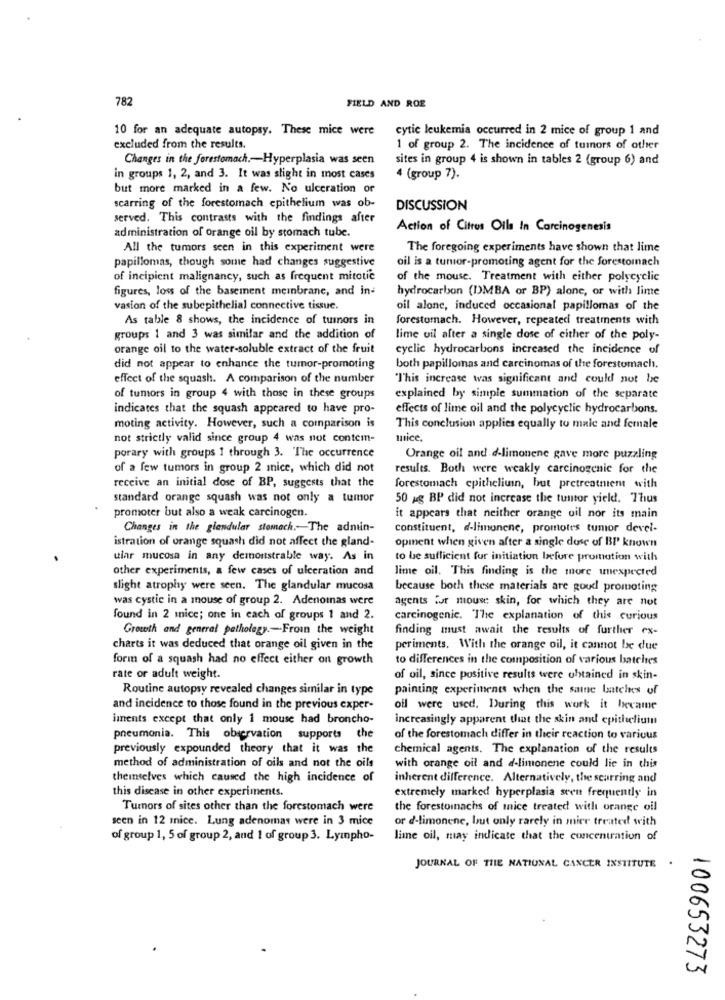
782
FIELD AND ROE
10 for an adequate autopsy. These mice were
cytic leukemia occurred in 2 mice of group 1 and
excluded from the results.
1 of group 2. The incidence of tumors of other
Changes in the forestomach .- Hyperplasia was seen
sites in group 4 is shown in tables 2 (group 6) and
in groups 1, 2, and 3. It was slight in most cases
4 (group 7).
but more marked in a few. No ulceration or
scarring of the forestomach epithelium was ob-
DISCUSSION
served. This contrasts with the findings after
administration of orange oil by stomach tube.
Action of Citrus Oils In Carcinogenesis
All the tumors seen in this experiment were
The foregoing experiments have shown that lime
papillomas, though some had changes suggestive
oil is a tumor-promoting agent for the forestomnach
of incipient malignancy, such as frequent mitotic
of the mouse. Treatment with either polycyclic
figures, loss of the basement membrane, and in-
hydrocarbon (DMBA or BP) alone, or with lime
vasion of the subepithelial connective tissue.
oil alone, induced occasional papillomas of the
As table 8 shows, the incidence of tuinors in
forestomach. However, repeated treatments with
groups 1 and 3 was similar and the addition of
lime uil after a single dose of either of the poly-
orange oil to the water-soluble extract of the fruit
cyclic hydrocarbons increased the incidence of
did not appear to enhance the tumor-promoting
both papillomas and carcinomas of the forestomach.
effect of the squash. A comparison of the number
"This increase was significant and could not be
of tumors in group 4 with those in these groups
explained by simple summation of the separate
indicates that the squash appeared to have pro-
effects of lime oil and the polycyclic hydrocarbons.
moting activity. However, such a comparison is
This conclusion applies equally to male and female
not strictly valid since group 4 was not contem-
mice.
porary with groups 1 through 3. The occurrence
Orange oil and d-limonene gave more puzzling
of a few tumors in group 2 mnice, which did not
results. Both were weakly carcinogenic for the
receive an initial dose of BP, suggests that the
forestomach epithelium, but pretreatnient with
standard orange squash was not only a tumor
50 ag BP did not increase the tumtor yield. Thus
promoter but also a weak carcinogen.
it appears that neither orange uil nor its main
Changes in the glendular stomach .- The admin-
constituent, d-limonene, promotes tumor devel-
istration of orange squash did not affect the gland-
opment when given after a single dose of BP known
ular mucosa in any demonstrable way. As in
to be sufficient fur initiation before promotion with
other experiments, a few cases of ulceration and
lime oil. This finding is the more unexpected
slight atrophy were seen. The glandular mucosa
because both these materials are goud promoting
was cystic in a mouse of group 2. Adenomas were
agents for mouse, skin, for which they are not
found in 2 mice; one in each of groups 1 and 2.
carcinogenic. The explanation of this curious
Growth and general pathology .- Froin the weight
finding must await the results of further ex-
charts it was deduced that orange oil given in the
periments. With the orange oil, it cannot be due
form of a squash had no effect either on growth
to differences in the composition of various batchtes
rate or adult weight.
of oil, since positive results were obtained in skin-
Routine autopsy revealed changes similar in type
painting experiments when the same batches of
and incidence to those found in the previous exper-
oil were used. During this work it lxexame
iments except that only 1 mouse had broncho-
increasingly apparent that the skin and epithelium
pneumonia. This observation supports che
of the forestomach differ in their reaction to various
previously expounded theory that it was the
chemical agents. The explanation of the results
method of administration of oils and not the oils
with orange oil and d-limonene could lie in this
themselves which caused the high incidence of
inherent difference. Alternatively, the scarring and
this disease in other experiments.
extremely marked hyperplasia seen frequently in
Tumors of sites other than the forestomach were
the forestomnachs of mice treated with orange oil
seen in 12 mice. Lung adenomas were in 3 mice
or d-limonene, but only rarely in mier treated with
of group 1, 5 of group 2, and 1 of group 3. Lympho-
lime oil, may indicate that the concentration of
JOURNAL OF THE NATIONAL CANCER INSTITUTE .
100653273